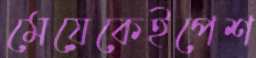
মেয়েকেইপেশ